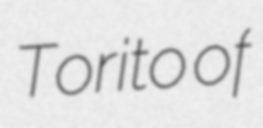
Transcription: Torito of